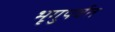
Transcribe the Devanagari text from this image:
भृगुपर्वत